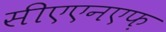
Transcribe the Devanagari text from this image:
सीएएनएफ़